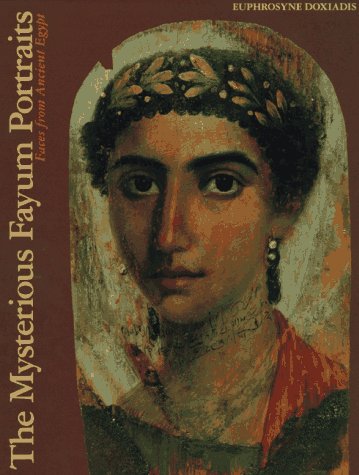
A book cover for Mysterious Fayum Portraits; Euphrosyne Doxiadis; Arts & Photography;